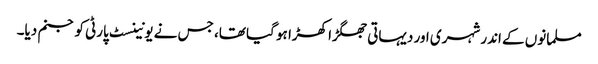
مسلمانوں کے اندر شہری اور دیہاتی جھگڑا کھڑا ہو گیا تھا، جس نے یونینسٹ پارٹی کو جنم دیا۔